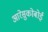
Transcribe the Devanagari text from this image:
आरेसुकोबोई